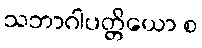
သဘာဂါပတ္တိယော စ